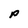
Character: p